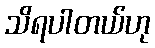
သိရပါတယ်ဟု